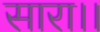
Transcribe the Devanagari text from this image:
सारा।।